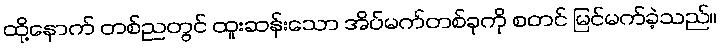
ထို့နောက် တစ်ညတွင် ထူးဆန်းသော အိပ်မက်တစ်ခုကို စတင် မြင်မက်ခဲ့သည်။